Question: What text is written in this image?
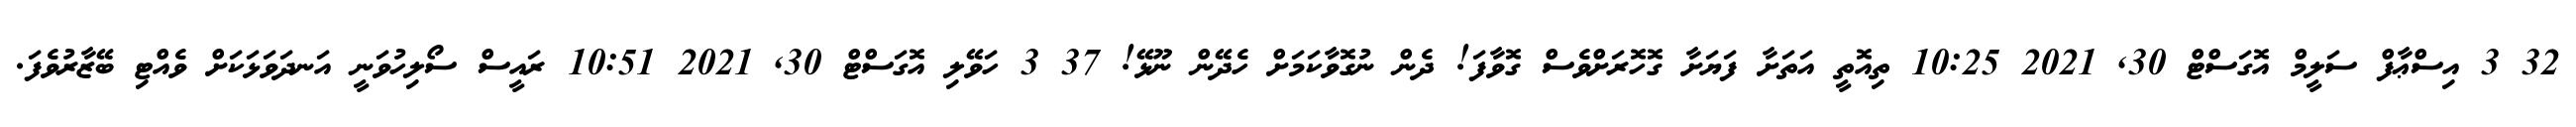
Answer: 32 3 އިސްޢާފް ސަލީމް އޮގަސްޓް 30, 2021 10:25 ތިއޮތީ އަތަށާ ފަޔަށާ ގޮހޮރަށްވެސް ގޮވާފަ! ދެން ނުގޮވާކަމަށް ހެދޭން ނޫޅޭ! 37 3 ހަވޭލި އޮގަސްޓް 30, 2021 10:51 ރައީސް ސޯލިހުވަނީ އަނދަވަޅަކަށް ވެއްޓި ބޭޒާރުވެފަ.